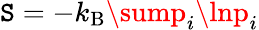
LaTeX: \mathtt{S}=-k_{\mathrm{{B}}}\sump_{i}\lnp_{i}